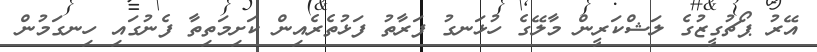
އޭރު ޕޯޗުގީޒުގެ ލަޝްކަރީން މާލޭގެ ހުޅަނގު ފަރާތު ފަޅުތެރެއިން ކަށިމަތިތާ ފެނުގައި ހިނގަމުން